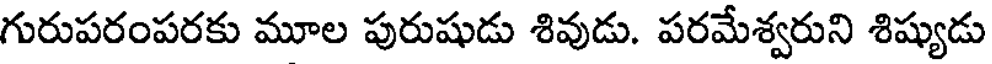
గురుపరంపరకు మూల పురుషుడు శివుడు. పరమేశ్వరుని శిష్యుడు